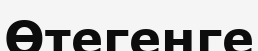
Өтегенге